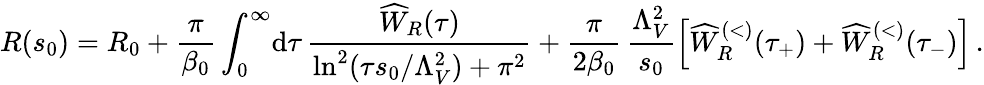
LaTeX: R(s_{0})=R_{0}+\frac{\pi}{\beta_{0}}\int_{0}^{\infty}\! \mathrm{d}\tau\, \frac{\widehat W_{R}(\tau)}{\ln^{2}(\tau s_{0}/\Lambda_{V}^{2})+\pi^{2}}+\frac{\pi}{2\beta_{0}}\, \frac{\Lambda_{V}^{2}}{s_{0}}\Big[\widehat W_{R}^{(<)}(\tau_{+})+\widehat W_{R}^{(<)}(\tau_{-})\Big]\, .